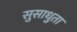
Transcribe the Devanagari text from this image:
सुसाधुता